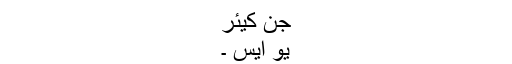
جَن کیئر
یو ایس ۔